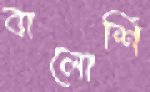
বালোশি